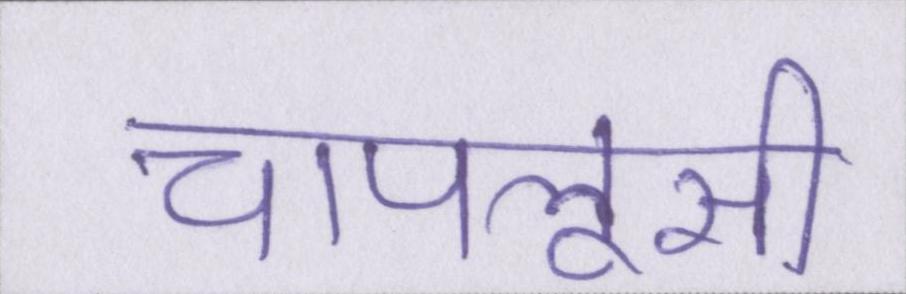
चापलूसी